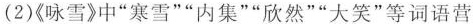
(2)咏雪》中”寒雪””内集””欣然””大笑”等词语营